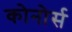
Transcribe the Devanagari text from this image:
कोनोर्स